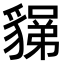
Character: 𧳼